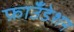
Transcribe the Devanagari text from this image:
फ़ाउँडेशन